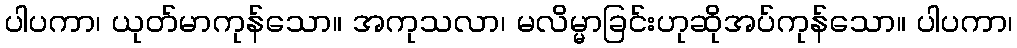
ပါပကာ၊ ယုတ်မာကုန်သော။ အကုသလာ၊ မလိမ္မာခြင်းဟုဆိုအပ်ကုန်သော။ ပါပကာ၊